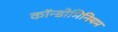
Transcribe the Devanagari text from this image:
कॉन्डोमिनियम